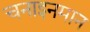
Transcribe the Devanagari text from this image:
चनाइनमान